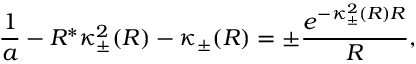
\frac { 1 } { a } - R ^ { * } \kappa _ { \pm } ^ { 2 } ( R ) - \kappa _ { \pm } ( R ) = \pm \frac { e ^ { - \kappa _ { \pm } ^ { 2 } ( R ) R } } { R } ,